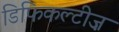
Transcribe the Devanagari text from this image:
डिफिकल्टीज़